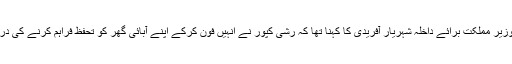
اس حوالے سے وزیر مملکت برائے داخلہ شہریار آفریدی کا کہنا تھا کہ رشی کپور نے انہیں فون کرکے اپنے آبائی گھر کو تحفظ فراہم کرنے کی درخواست کی تھی۔